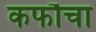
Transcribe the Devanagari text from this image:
कफौचा